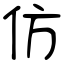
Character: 仿